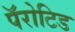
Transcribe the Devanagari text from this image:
पॅरोटिड